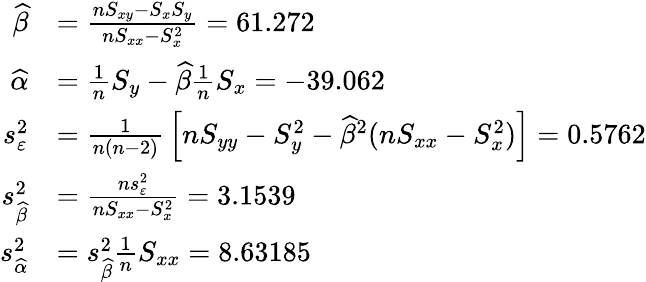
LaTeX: {\begin{array}{rl}{{\widehat{\beta}}}&{={\frac{nS_{xy}-S_{x}S_{y}}{nS_{xx}-S_{x}^{2}}}=61.272}\\ {{\widehat{\alpha}}}&{={\frac{1}{n}}S_{y}-{\widehat{\beta}}{\frac{1}{n}}S_{x}=-39.062}\\ {s_{\varepsilon}^{2}}&{={\frac{1}{n(n-2)}}\left[nS_{yy}-S_{y}^{2}-{\widehat{\beta}}^{2}(nS_{xx}-S_{x}^{2})\right]=0.5762}\\ {s_{\widehat{\beta}}^{2}}&{={\frac{ns_{\varepsilon}^{2}}{nS_{xx}-S_{x}^{2}}}=3.1539}\\ {s_{\widehat{\alpha}}^{2}}&{=s_{\widehat{\beta}}^{2}{\frac{1}{n}}S_{xx}=8.63185}\end{array}}